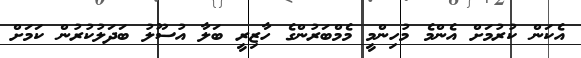
އެކަން ކުރުމަށް އެންމެ މުހިންމީ މެމްބަރުންގެ ހާޒިރީ ބަލާ އުސޫލު ބަދަލުކުރުން ކަމަށް